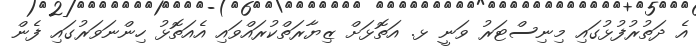
އެ ދަތުރުފުޅުގައި މިނިސްޓަރު ވަނީ ޅ. އަތޮޅަށް ޒިޔާރަތްކުރައްވައި އެއަތޮޅު ހިންނަވަރުގައި ފެން